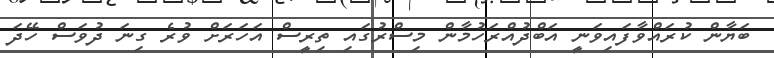
ބަޔާން ކުރައްވާފައިވަނީ އަބްދުއްރަހުމާން މިސްރުގައި ތިރީސް އަހަރަށް ވުރެ ގިނަ ދުވަސް ހޭދަ